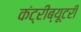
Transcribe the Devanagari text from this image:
कंट्रीब्यूटरी